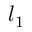
l _ { 1 }